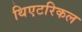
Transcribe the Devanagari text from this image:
थिएटरिकल